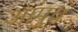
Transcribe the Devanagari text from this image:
आमुचं